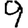
Digit: 9